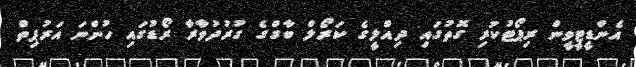
އެންޑީޓީވީން ރިޕޯޓުކުރި ގޮތުގައި ދިއްލީގެ ކަރޯލް ބާގްގެ ގުރުދުވާރާ ރޯޑުގައި ހުންނަ އަރުޕިތް